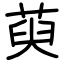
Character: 萸